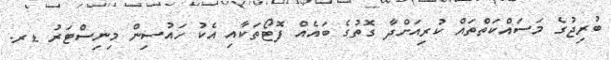
ބުރިޖުގެ މަސައްކަތްތައް ކުރިއަށްދާ ގޮތުގެ ބައެއް ފޮޓޯތަކާއި އެކު ހައުސިން މިނިސްޓަރު ޑރ.